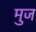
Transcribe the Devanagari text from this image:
मुज